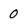
Character: 0